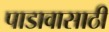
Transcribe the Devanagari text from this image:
पाडावासाठी